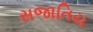
સજાતિય